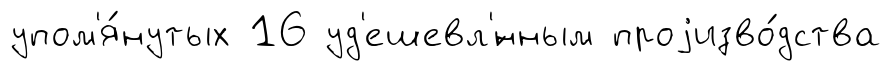
упом'я́нутых 16 уд'ешевл'́нным проjизво́дства